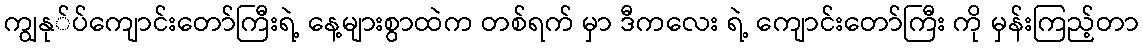
ကျွနု်ပ်ကျောင်းတော်ကြီးရဲ့ နေ့များစွာထဲက တစ်ရက် မှာ ဒီကလေး ရဲ့ ကျောင်းတော်ကြီး ကို မှန်းကြည့်တာ